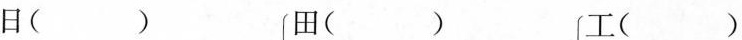
日（ ） 田（ ） 工（ ）